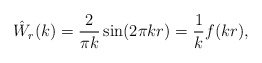
\begin{align*}\hat W_r(k) = \frac{2}{\pi k}\sin(2\pi k r) = \frac{1}{k}f(kr),\end{align*}